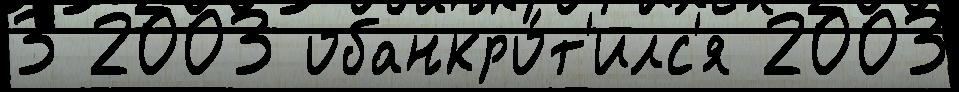
3 2003 обанкро́т'илс'я 2003